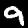
Label: 9